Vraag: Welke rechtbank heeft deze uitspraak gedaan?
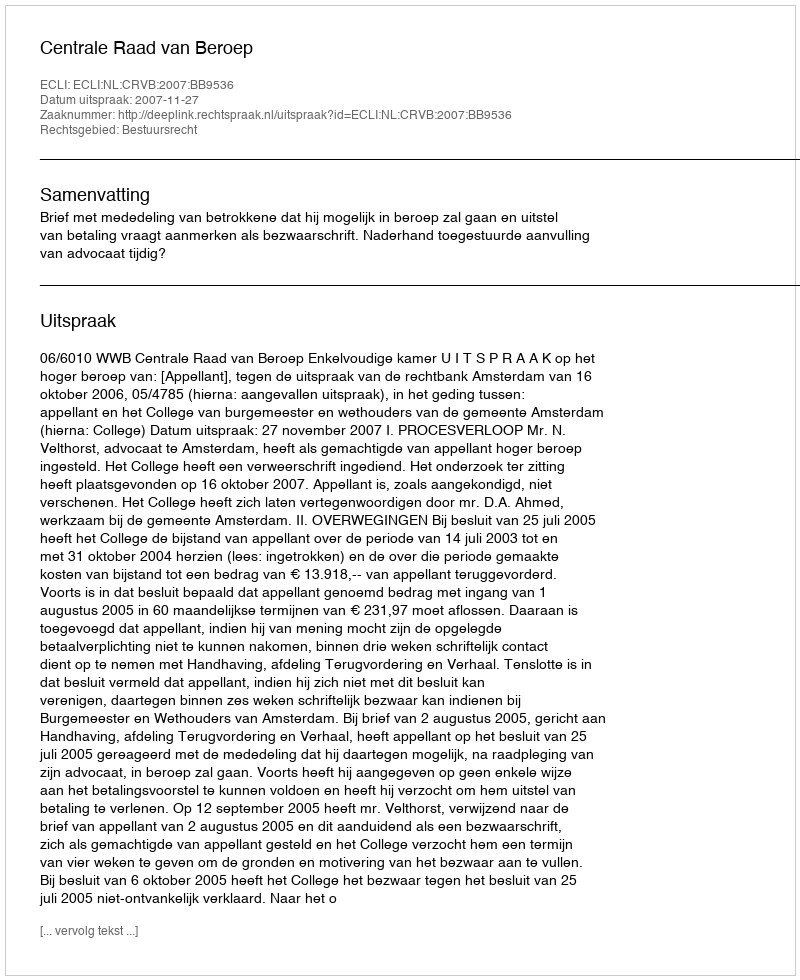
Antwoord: Centrale Raad van Beroep